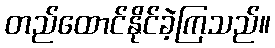
တည်ထောင်နိုင်ခဲ့ကြသည်။